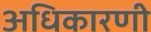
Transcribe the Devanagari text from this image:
अधिकारणी